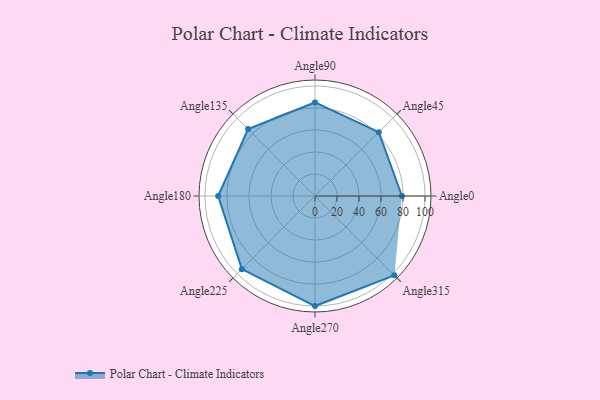
{"axis": {"x": "Angle", "y": "Radius"}, "legend": [""], "data": [{"x": "Angle0", "y": 79.0, "type": ""}, {"x": "Angle45", "y": 82.0, "type": ""}, {"x": "Angle90", "y": 85.0, "type": ""}, {"x": "Angle135", "y": 86.0, "type": ""}, {"x": "Angle180", "y": 88.0, "type": ""}, {"x": "Angle225", "y": 94.0, "type": ""}, {"x": "Angle270", "y": 100.0, "type": ""}, {"x": "Angle315", "y": 102.0, "type": ""}]}